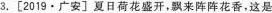
3.[2019·广安]夏日荷花盛开，飘来阵阵花香，这是